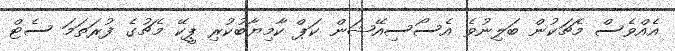
އެއްވެސް މެޗަކުން ބަލިނުވެ އެސޯސިއޭޝަން ކަޕް ކާމިޔާބުކުރި ޕީކޭ މެޗުގެ ފުރަތަމަ ސެޓް